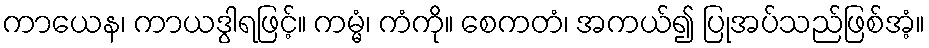
ကာယေန၊ ကာယဒွါရဖြင့်။ ကမ္မံ၊ ကံကို။ စေကတံ၊ အကယ်၍ ပြုအပ်သည်ဖြစ်အံ့။